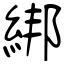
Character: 綁